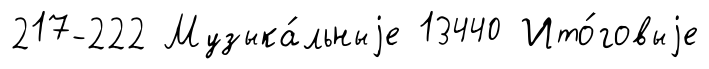
217-222 Музыка́льныjе 13440 Ито́говыjе